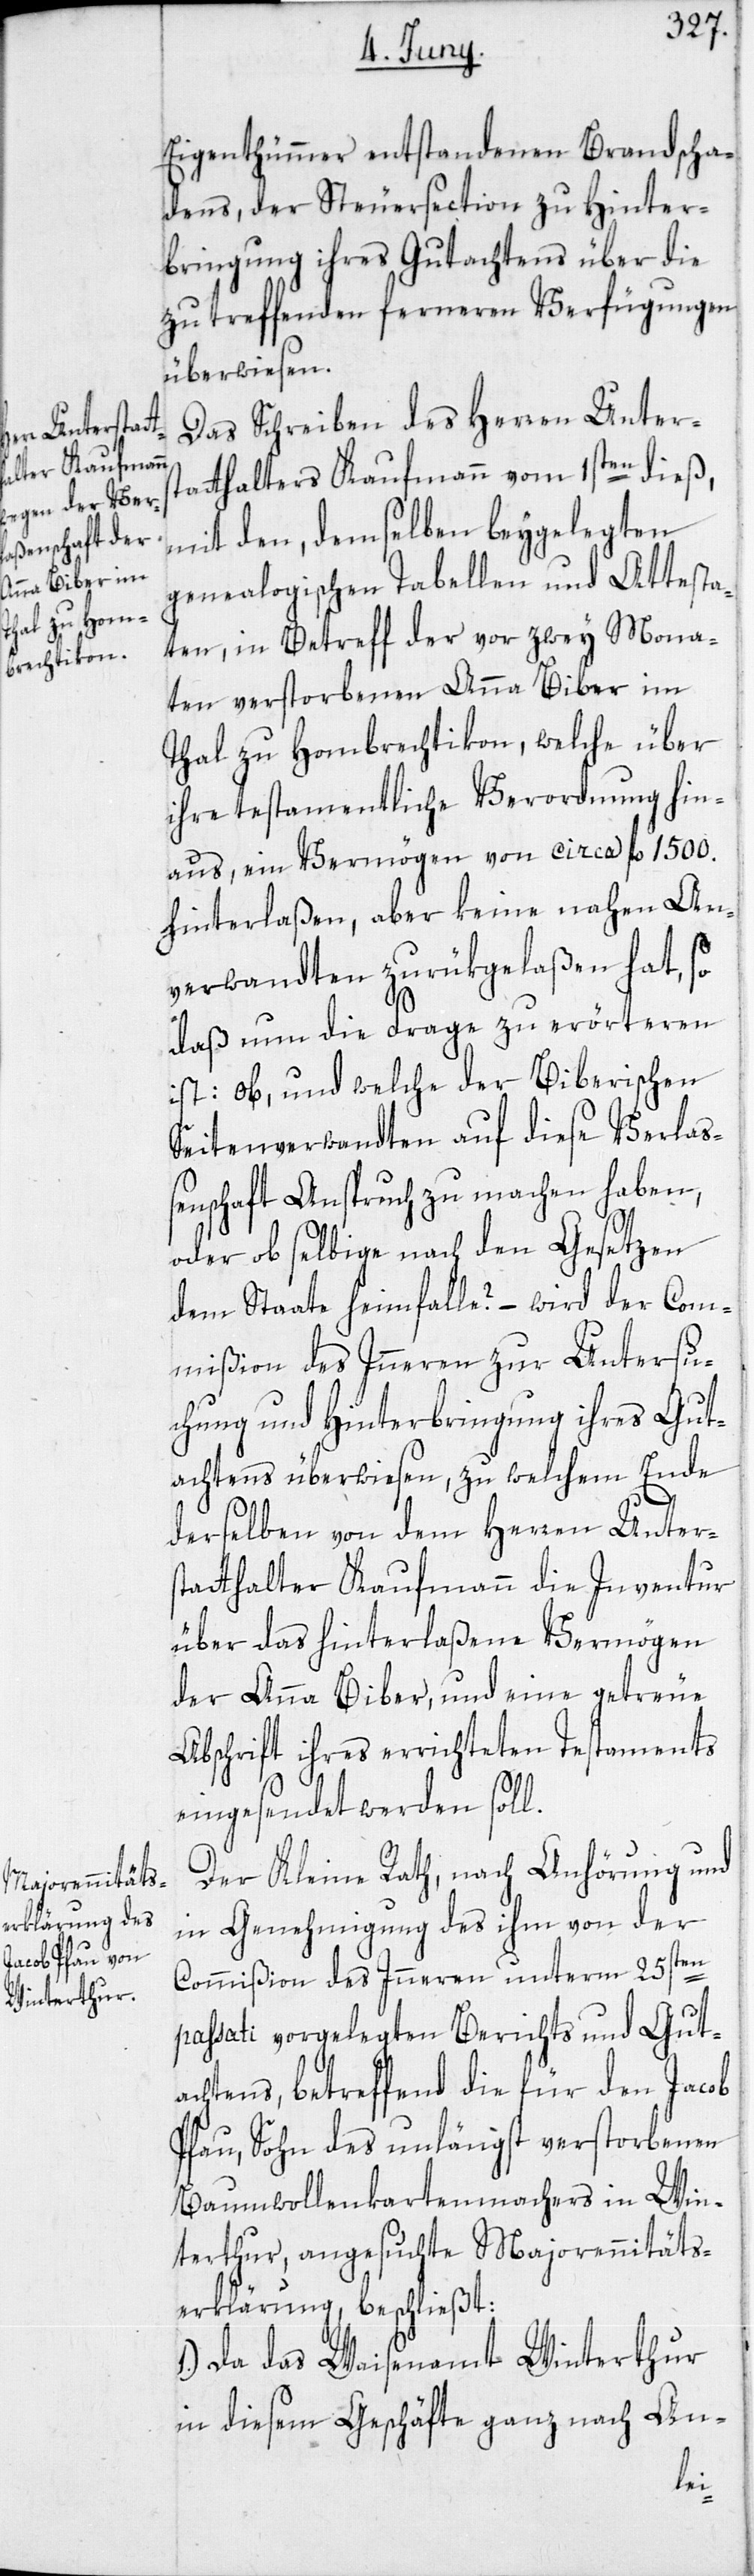
Eigenthümmer entstandenen Brandscha¬
dens, der Steuersection zu Hinter¬
bringung ihres Gutachtens über die
zu treffenden ferneren Verfügungen
überwiesen.
Das Schreiben des Herren Unters¬
tatthalters Kaufmann vom 1sten dieß,
mit den demselben beygelegten
genealogischen Tabellen und Attesta¬
ten, in Betreff der vor zwey Mona¬
ten verstorbenen Anna Biber im
Thal zu Hombrechtikon, welche über
ihre testamentliche Verordnung hin¬
aus, ein Vermögen von circa fl. 1500.
hinterlaßen, aber keine nahen An¬
verwandten zurükgelaßen hat, so
daß nun die Frage zu erörteren
ist: ob, und welche der Biberischen
Seitenverwandten auf diese Verlas¬
senschaft Anspruch zu machen haben,
oder ob selbige nach den Gesetzen
dem Staate heimfalle? – wird der Com¬
mißion des Inneren zur Untersu¬
chung und Hinterbringung ihres Gut¬
achtens überwiesen, zu welchem Ende
derselben von dem Herren Unters¬
tatthalter Kaufmann die Inventur
über das hinterlaßene Vermögen
der Anna Biber, und eine getreue
Abschrift ihres errichteten Testaments
eingesendet werden soll.
Der Kleine Rath, nach Anhörung und
in Genehmigung des ihm von der
Commißion des Inneren unterm 25sten
passati vorgelegten Berichts und Gut¬
achtens, betreffend die für den Jacob
Pfau, Sohn des unlängst verstorbenen
Baumwollenkartenmachers in Win¬
terthur, angesuchte Majorennitäts¬
erklärung, beschließt:
1.) Da das Waisenamt Winterthur
in diesem Geschäfte ganz nach An-